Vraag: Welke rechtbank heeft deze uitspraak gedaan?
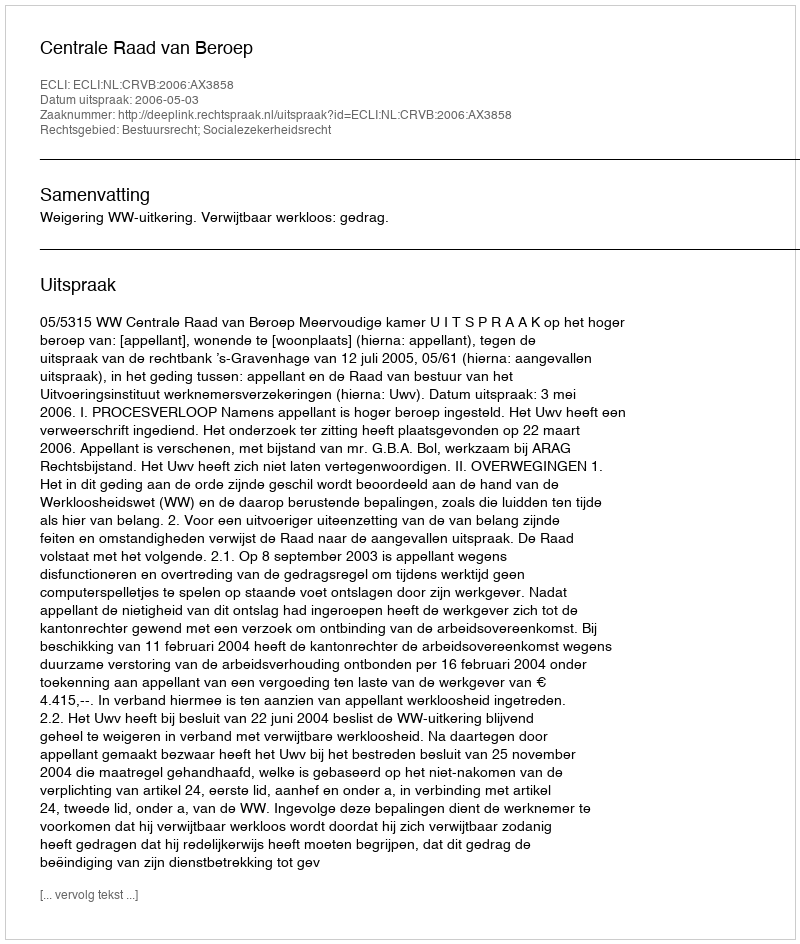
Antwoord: Centrale Raad van Beroep